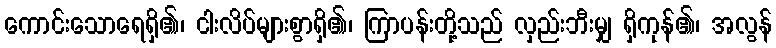
ကောင်းသောရေရှိ၏၊ ငါးလိပ်များစွာရှိ၏၊ ကြာပန်းတို့သည် လှည်းဘီးမျှ ရှိကုန်၏၊ အလွန်